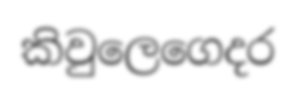
කිවුලෙගෙදර